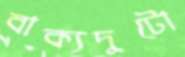
বাক্যদুটো